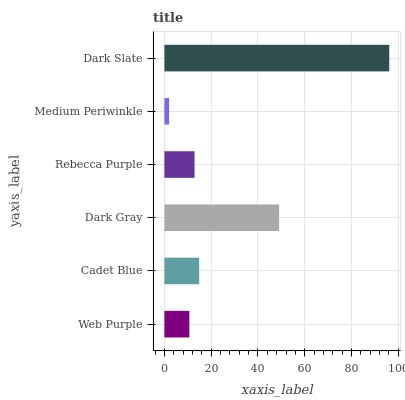
| yaxis_label | bars |
 | --- | --- |
 | Web Purple | 10.7 |
 | Cadet Blue | 14.9 |
 | Dark Gray | 49 |
 | Rebecca Purple | 12.9 |
 | Medium Periwinkle | 2 |
 | Dark Slate | 96.1 |